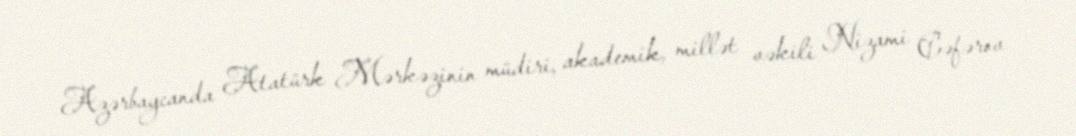
Azərbaycanda Atatürk Mərkəzinin müdiri, akademik, millət vəkili Nizami Cəfərov